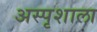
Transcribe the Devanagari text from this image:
अस्पृशाला